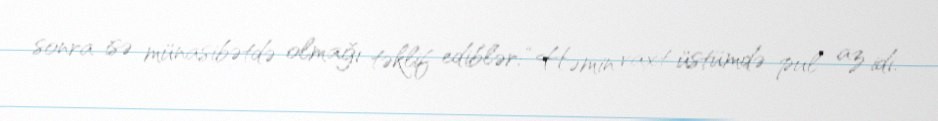
sonra isə münasibətdə olmağı təklif ediblər: “Həmin vaxt üstümdə pul az idi.